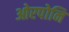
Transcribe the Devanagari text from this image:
ओरपोनि